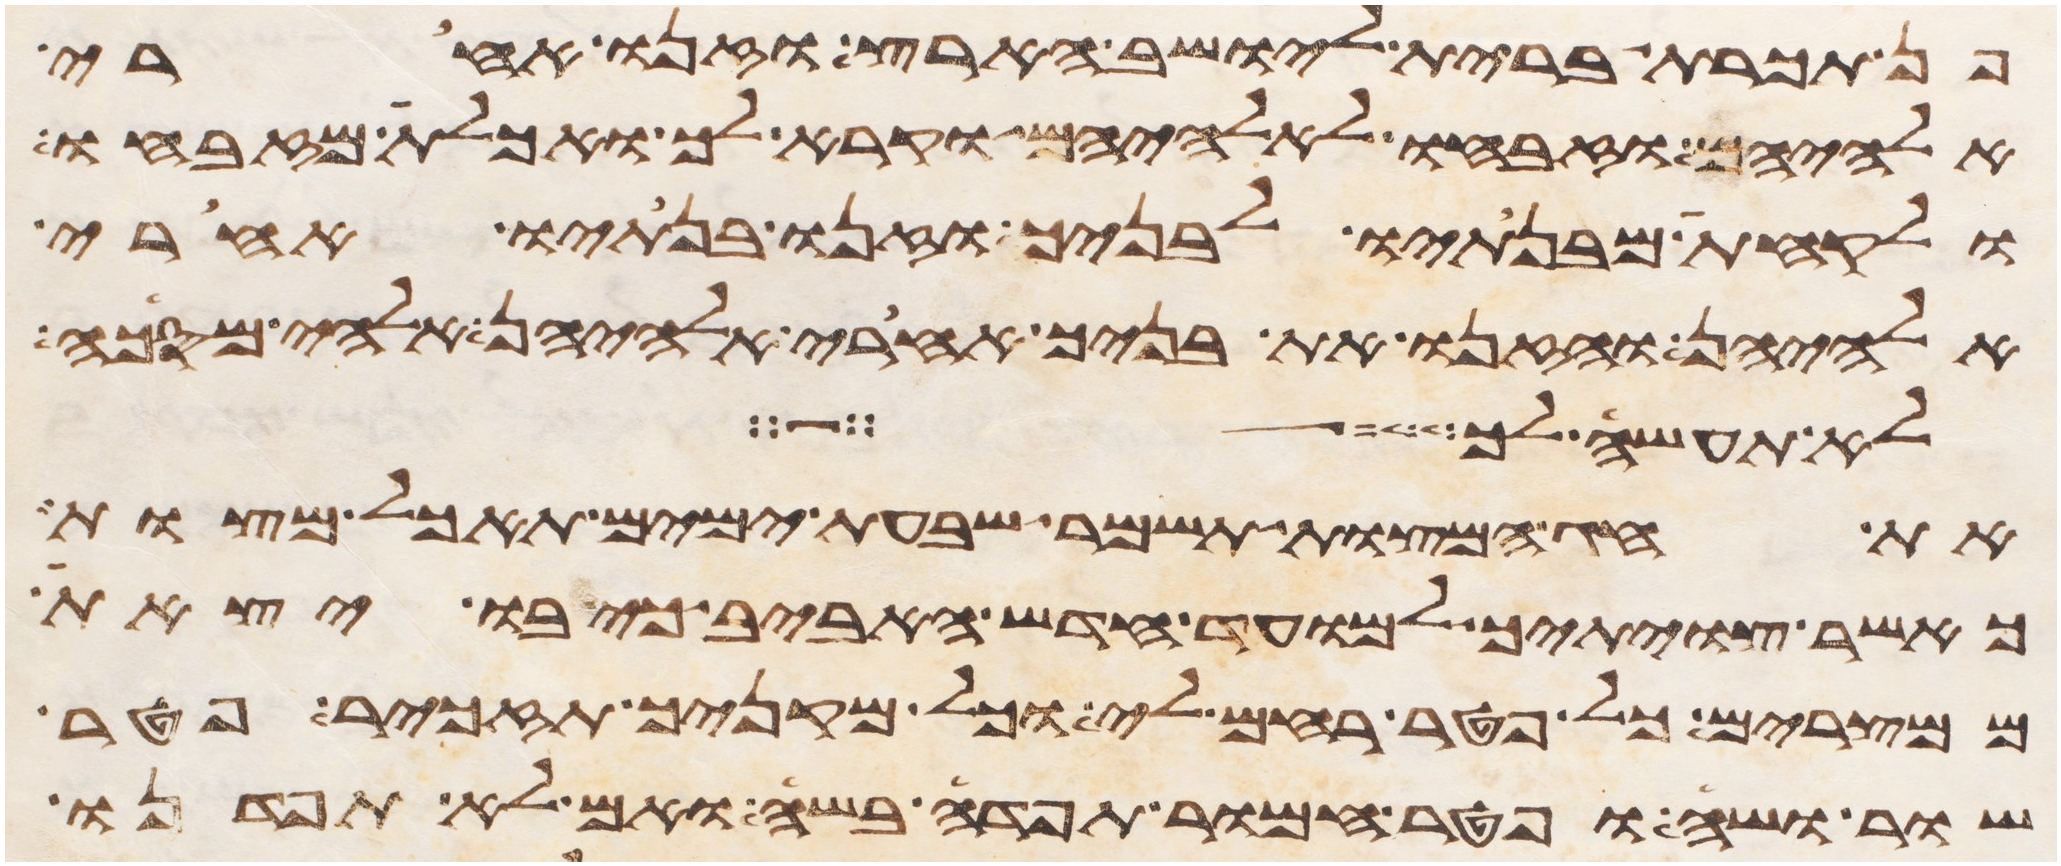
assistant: פן תכרת ברית ליושב הארץ וזנו אחרי
אלהיהם וזבחו לאלהיהם וקרא לך ואכלת מזבחו
ולקחת מבנתיו לבניך וזנו בנתיו אחרי
אלהיהן והזנו את בניך אחרי אלהיהן אלהי מסכה
לא תעשה לך
את חג המצות תשמר שבעת ימים תאכל מצות
כאשר צויתיך למועד חדש האביב כי בו יצאת
ממצרים כל פטר רחם לי וכל מקניך תזכיר פטר
שור ושה ופטר חמור תפדה בשה ואם לא תפדנו